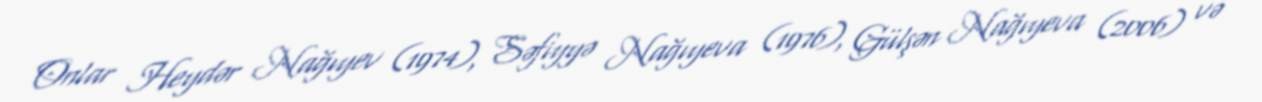
Onlar Heydər Nağıyev (1974), Səfiyyə Nağıyeva (1976), Gülşən Nağıyeva (2006) və